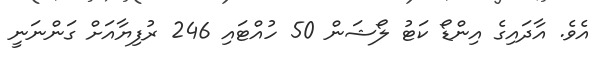
އެވެ. އާދައިގެ އިންޑޯ ކަޓު ލޯޝަން 50 ހުއްޓައި 246 ރުފިޔާއަށް ގަންނަނީ